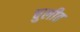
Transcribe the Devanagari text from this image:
चुलीत